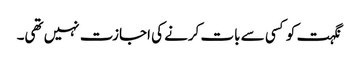
نگہت کو کسی سے بات کرنے کی اجازت نہیں تھی۔